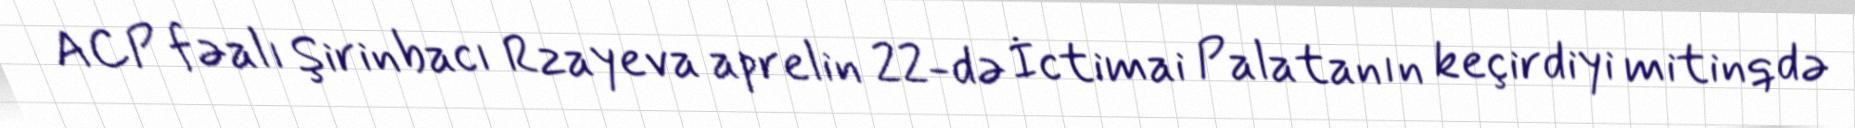
ACP fəalı Şirinbacı Rzayeva aprelin 22-də İctimai Palatanın keçirdiyi mitinqdə